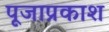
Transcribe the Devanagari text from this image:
पूजाप्रकाश